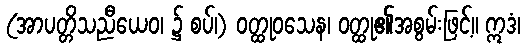
(အာပတ္တိသညီယေဝ၊ ၌ စပ်၊) ဝတ္ထုဝသေန၊ ဝတ္ထု၏အစွမ်းဖြင့်။ ဣဒံ၊